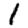
Digit: 1